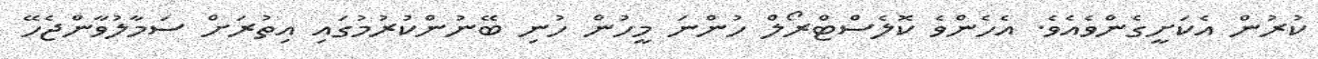
ކުރުން އެކަށީގެންވެއެވެ. އެހެންވެ ކޮލެސްޓްރޯލް ހުންނަ މީހުން ހުނި ބޭނުންކުރުމުގައި އިތުރަށް ސަމާލުވާންޖެހޭ